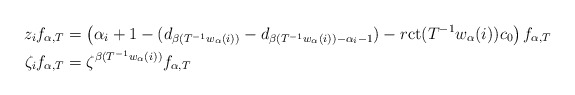
\begin{align*}z_i f_{\alpha,T}&=\left(\alpha_i+1-(d_{\beta(T^{-1} w_\alpha(i))}-d_{\beta(T^{-1} w_\alpha(i))-\alpha_i-1})-r \mathrm{ct}(T^{-1} w_\alpha(i))c_0 \right)f_{\alpha,T}\\ \zeta_i f_{\alpha,T}&=\zeta^{\beta( T^{-1} w_\alpha(i))} f_{\alpha,T}\end{align*}